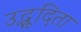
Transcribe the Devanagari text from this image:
उद्भूदिता